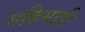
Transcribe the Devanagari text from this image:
गदिमाही